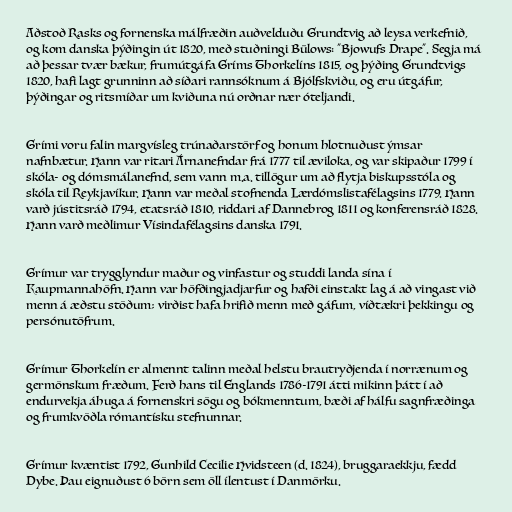
Aðstoð Rasks og fornenska málfræðin auðvelduðu Grundtvig að leysa verkefnið,
og kom danska þýðingin út 1820, með stuðningi Bülows: "Bjowufs Drape". Segja má
að þessar tvær bækur, frumútgáfa Gríms Thorkelíns 1815, og þýðing Grundtvigs
1820, hafi lagt grunninn að síðari rannsóknum á Bjólfskviðu, og eru útgáfur,
þýðingar og ritsmíðar um kviðuna nú orðnar nær óteljandi.

Grími voru falin margvísleg trúnaðarstörf og honum hlotnuðust ýmsar
nafnbætur. Hann var ritari Árnanefndar frá 1777 til æviloka, og var skipaður 1799 í
skóla- og dómsmálanefnd, sem vann m.a. tillögur um að flytja biskupsstóla og
skóla til Reykjavíkur. Hann var meðal stofnenda Lærdómslistafélagsins 1779. Hann
varð jústitsráð 1794, etatsráð 1810, riddari af Dannebrog 1811 og konferensráð 1828.
Hann varð meðlimur Vísindafélagsins danska 1791.

Grímur var trygglyndur maður og vinfastur og studdi landa sína í
Kaupmannahöfn. Hann var höfðingjadjarfur og hafði einstakt lag á að vingast við
menn á æðstu stöðum; virðist hafa hrifið menn með gáfum, víðtækri þekkingu og
persónutöfrum.

Grímur Thorkelín er almennt talinn meðal helstu brautryðjenda í norrænum og
germönskum fræðum. Ferð hans til Englands 1786-1791 átti mikinn þátt í að
endurvekja áhuga á fornenskri sögu og bókmenntum, bæði af hálfu sagnfræðinga
og frumkvöðla rómantísku stefnunnar.

Grímur kvæntist 1792, Gunhild Cecilie Hvidsteen (d. 1824), bruggaraekkju, fædd
Dybe. Þau eignuðust 6 börn sem öll ílentust í Danmörku.